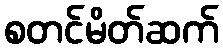
စတင်မိတ်ဆက်